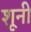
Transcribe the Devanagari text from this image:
शूनी